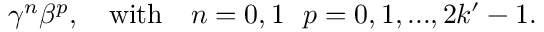
\gamma ^ { n } \beta ^ { p } , ~ ~ ~ \mathrm { w i t h } ~ ~ ~ n = 0 , 1 ~ ~ p = 0 , 1 , . . . , 2 k ^ { \prime } - 1 .